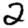
Digit: 2